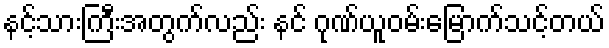
နင့်သားကြီးအတွက်လည်း နင် ဂုဏ်ယူဝမ်းမြောက်သင့်တယ်